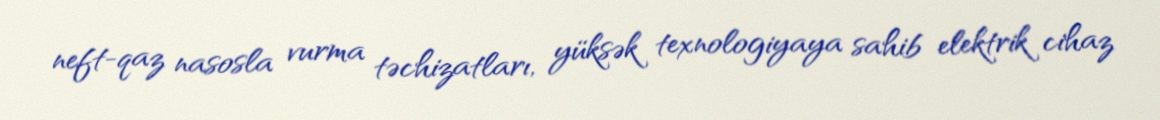
neft-qaz nasosla vurma təchizatları, yüksək texnologiyaya sahib elektrik cihaz